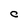
Character: C